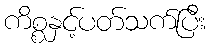
ကိစ္စနှင့်ပတ်သက်ပြီး